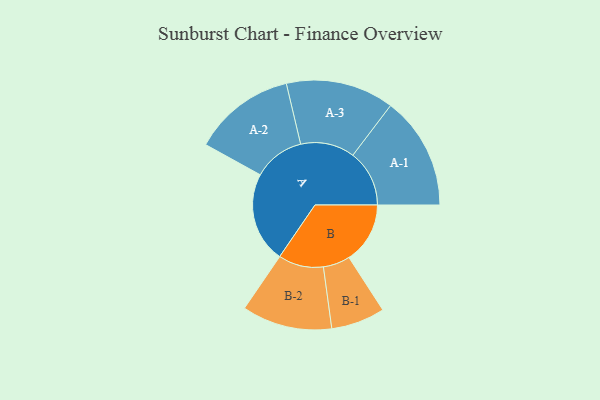
{"axis": {"x": "Segment", "y": "Value"}, "legend": ["", "A", "B"], "data": [{"x": "A", "y": 373, "type": ""}, {"x": "B", "y": 252, "type": ""}, {"x": "A-1", "y": 233, "type": "A"}, {"x": "A-2", "y": 211, "type": "A"}, {"x": "A-3", "y": 223, "type": "A"}, {"x": "B-1", "y": 111, "type": "B"}, {"x": "B-2", "y": 186, "type": "B"}]}